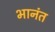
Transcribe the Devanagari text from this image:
भानंत